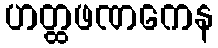
ဟတ္ထဖဏကေန